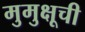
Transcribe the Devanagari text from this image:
मुमुक्षूची